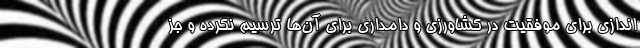
اندازی برای موفقیت در کشاورزی و دامداری برای آن‌ها ترسیم نکرده و جز